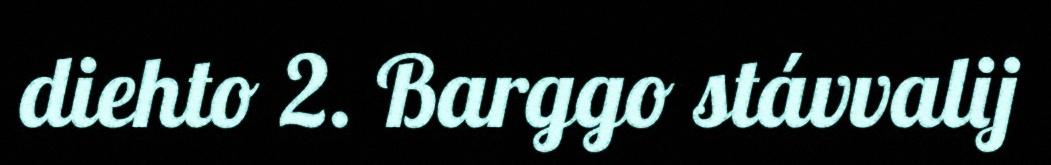
diehto 2. Barggo stávvalij